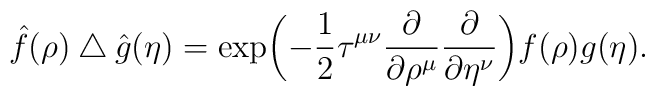
{\hat f}(\rho)\bigtriangleup {\hat g}(\eta)=\exp\biggl(-\frac{1}{2}\tau^{\mu\nu}\frac{\partial}{\partial\rho^\mu}\frac{\partial}{\partial \eta^\nu}\biggl)f(\rho)g(\eta).